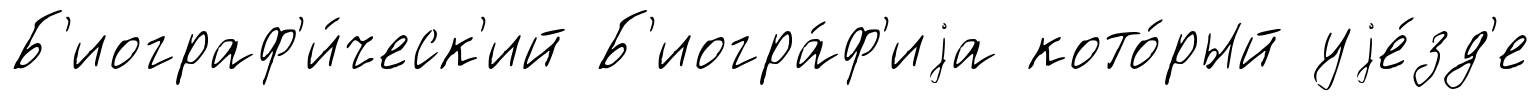
Б'иограф'и́ческ'ий Б'иогра́ф'иjа кото́рый уjе́зд'е